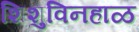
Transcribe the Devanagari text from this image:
शिशुविनहाळ